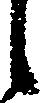
候